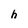
Character: h